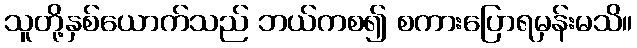
သူတို့နှစ်ယောက်သည် ဘယ်ကစ၍ စကားပြောရမှန်းမသိ။